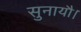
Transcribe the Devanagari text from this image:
सुनायौ।